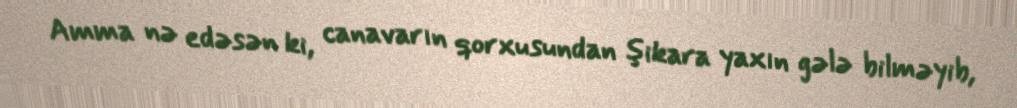
Amma nə edəsən ki, canavarın qorxusundan şikara yaxın gələ bilməyib,